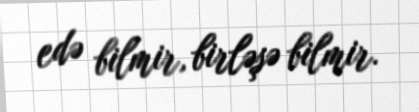
edə bilmir, birləşə bilmir.